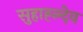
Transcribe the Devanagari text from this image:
सुहाह्ल्देव